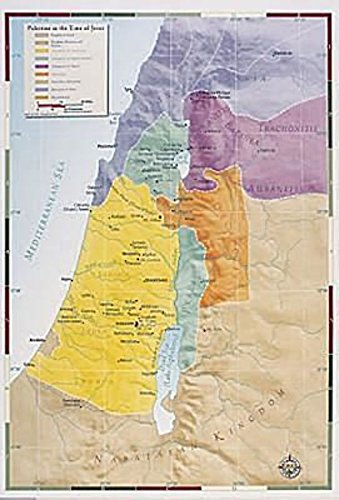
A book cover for Abingdon Bible Land Map--Palestine in the Time of Jesus; Christian Books & Bibles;